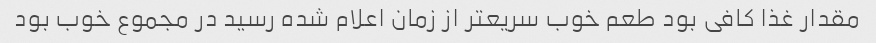
مقدار غذا کافی بود طعم خوب سریعتر از زمان اعلام شده رسید در مجموع خوب بود